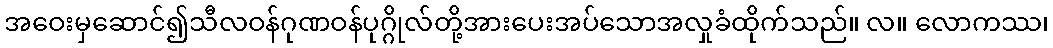
အဝေးမှဆောင်၍သီလဝန်ဂုဏဝန်ပုဂ္ဂိုလ်တို့အားပေးအပ်သောအလှုခံထိုက်သည်။ လ။ လောကဿ၊